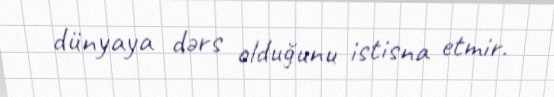
dünyaya dərs olduğunu istisna etmir.